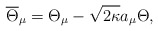
\begin{align*}\overline{\Theta}_\mu=\Theta_\mu-\sqrt{2\kappa}a_\mu\Theta,\end{align*}